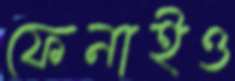
ফেনাইও